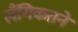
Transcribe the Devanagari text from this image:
लैंगिकतने